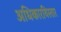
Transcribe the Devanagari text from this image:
अधिकारविस्तार